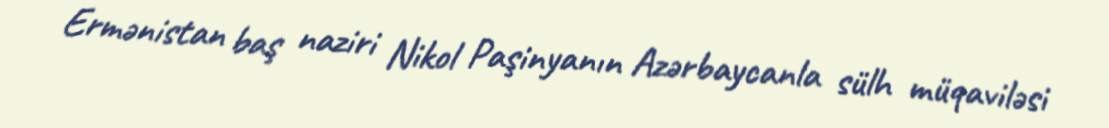
Ermənistan baş naziri Nikol Paşinyanın Azərbaycanla sülh müqaviləsi